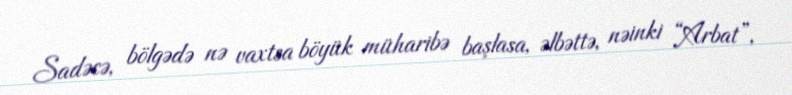
Sadəcə, bölgədə nə vaxtsa böyük müharibə başlasa, əlbəttə, nəinki “Arbat”,